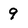
Character: 9